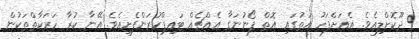
ދޫކޮށްލިއެވެ. އެއަށްފަހު އަތުގައި އޮތް ފޯނުނަގާ އެއްޗެއް ޓައިޕްކުރަންފެށިއެވެ. އޭނާ ކުރާ ހަރަކާތްތަކުން